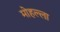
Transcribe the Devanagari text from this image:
मोहल्‍ला